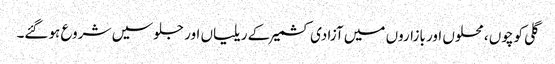
گلی کوچوں ، محلوں اور بازاروں میں آزادی کشمیر کے ریلیاں اور جلوسیں شروع ہوگئے۔